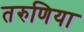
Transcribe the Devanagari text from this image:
तरुणिया